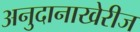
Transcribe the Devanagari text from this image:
अनुदानाखेरीज